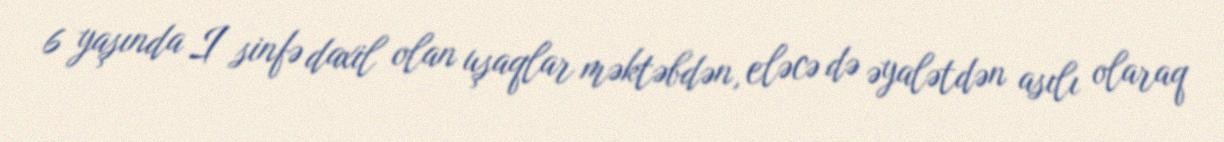
6 yaşında I sinfə daxil olan uşaqlar məktəbdən, eləcə də əyalətdən asılı olaraq